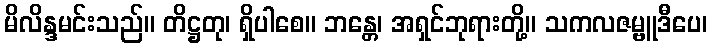
မိလိန္ဒမင်းသည်။ တိဋ္ဌတု၊ ရှိပါစေ။ ဘန္တေ၊ အရှင်ဘုရားတို့။ သကလဇမ္ဗူဒီပေ၊